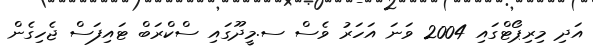
އަދި މިރިޕޯޓްގައި 2004 ވަނަ އަހަރު ވެސް ސ.މީދޫގައި ސްކްރަބް ޓައިފަސް ޖެހިގެން